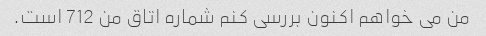
من می خواهم اکنون بررسی کنم شماره اتاق من 712 است.